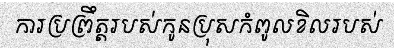
ការប្រព្រឹត្តរបស់កូនប្រុសកំពូលខិលរបស់